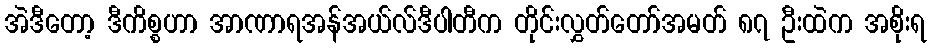
အဲဒီတော့ ဒီကိစ္စဟာ အာဏာရအန်အယ်လ်ဒီပါတီက တိုင်းလွှတ်တော်အမတ် ၈၇ ဦးထဲက အစိုးရ